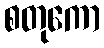
စတုကော